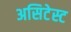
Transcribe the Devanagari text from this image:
असिटेस्ट